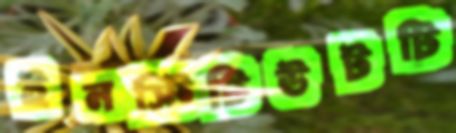
ইনস্টিটিউটটি